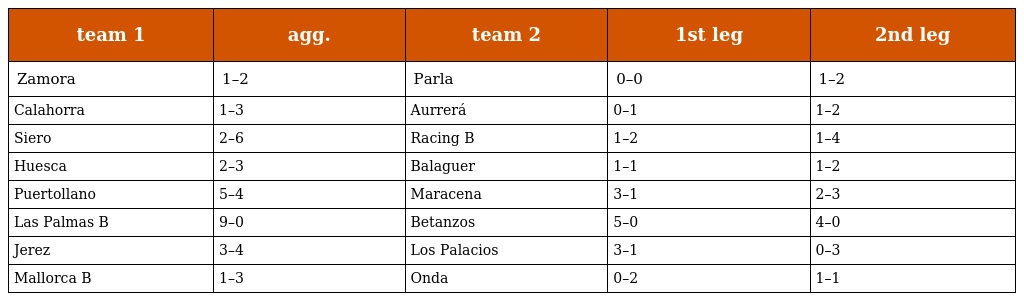
| team 1 | agg. | team 2 | 1st leg | 2nd leg |
 | --- | --- | --- | --- | --- |
 | Zamora | 1–2 | Parla | 0–0 | 1–2 |
 | Calahorra | 1–3 | Aurrerá | 0–1 | 1–2 |
 | Siero | 2–6 | Racing B | 1–2 | 1–4 |
 | Huesca | 2–3 | Balaguer | 1–1 | 1–2 |
 | Puertollano | 5–4 | Maracena | 3–1 | 2–3 |
 | Las Palmas B | 9–0 | Betanzos | 5–0 | 4–0 |
 | Jerez | 3–4 | Los Palacios | 3–1 | 0–3 |
 | Mallorca B | 1–3 | Onda | 0–2 | 1–1 |